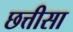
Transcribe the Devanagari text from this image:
छत्तीसा